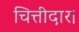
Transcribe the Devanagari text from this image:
चित्तीदार।